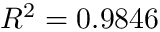
R ^ { 2 } = 0 . 9 8 4 6